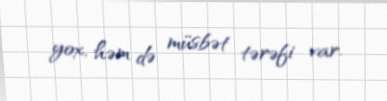
yox, həm də müsbət tərəfi var.